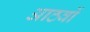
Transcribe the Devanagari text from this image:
आठवों